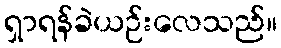
ရှာရန်ခဲယဉ်းလေသည်။